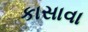
કાસાવા